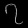
Digit: ၇